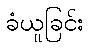
ခံယူခြင်း